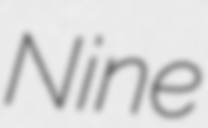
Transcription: Nine